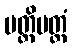
ပတ္တိပတ္တံ